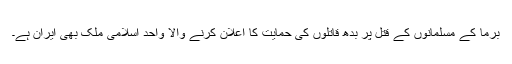
برما کے مسلمانوں کے قتل پر بدھ قاتلوں کی حمایت کا اعلان کرنے والا واحد اسلامی ملک بھی ایران ہے۔